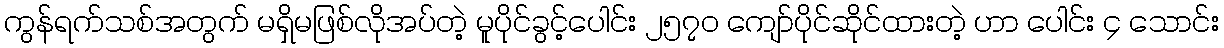
ကွန်ရက်သစ်အတွက် မရှိမဖြစ်လိုအပ်တဲ့ မူပိုင်ခွင့်ပေါင်း ၂၅၇၀ ကျော်ပိုင်ဆိုင်ထားတဲ့ ဟာ ပေါင်း ၄ သောင်း